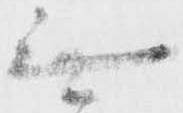
無